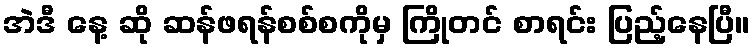
အဲဒီ နေ့ ဆို ဆန်ဖရန်စစ်စကိုမှ ကြိုတင် စာရင်း ပြည့်နေပြီ။